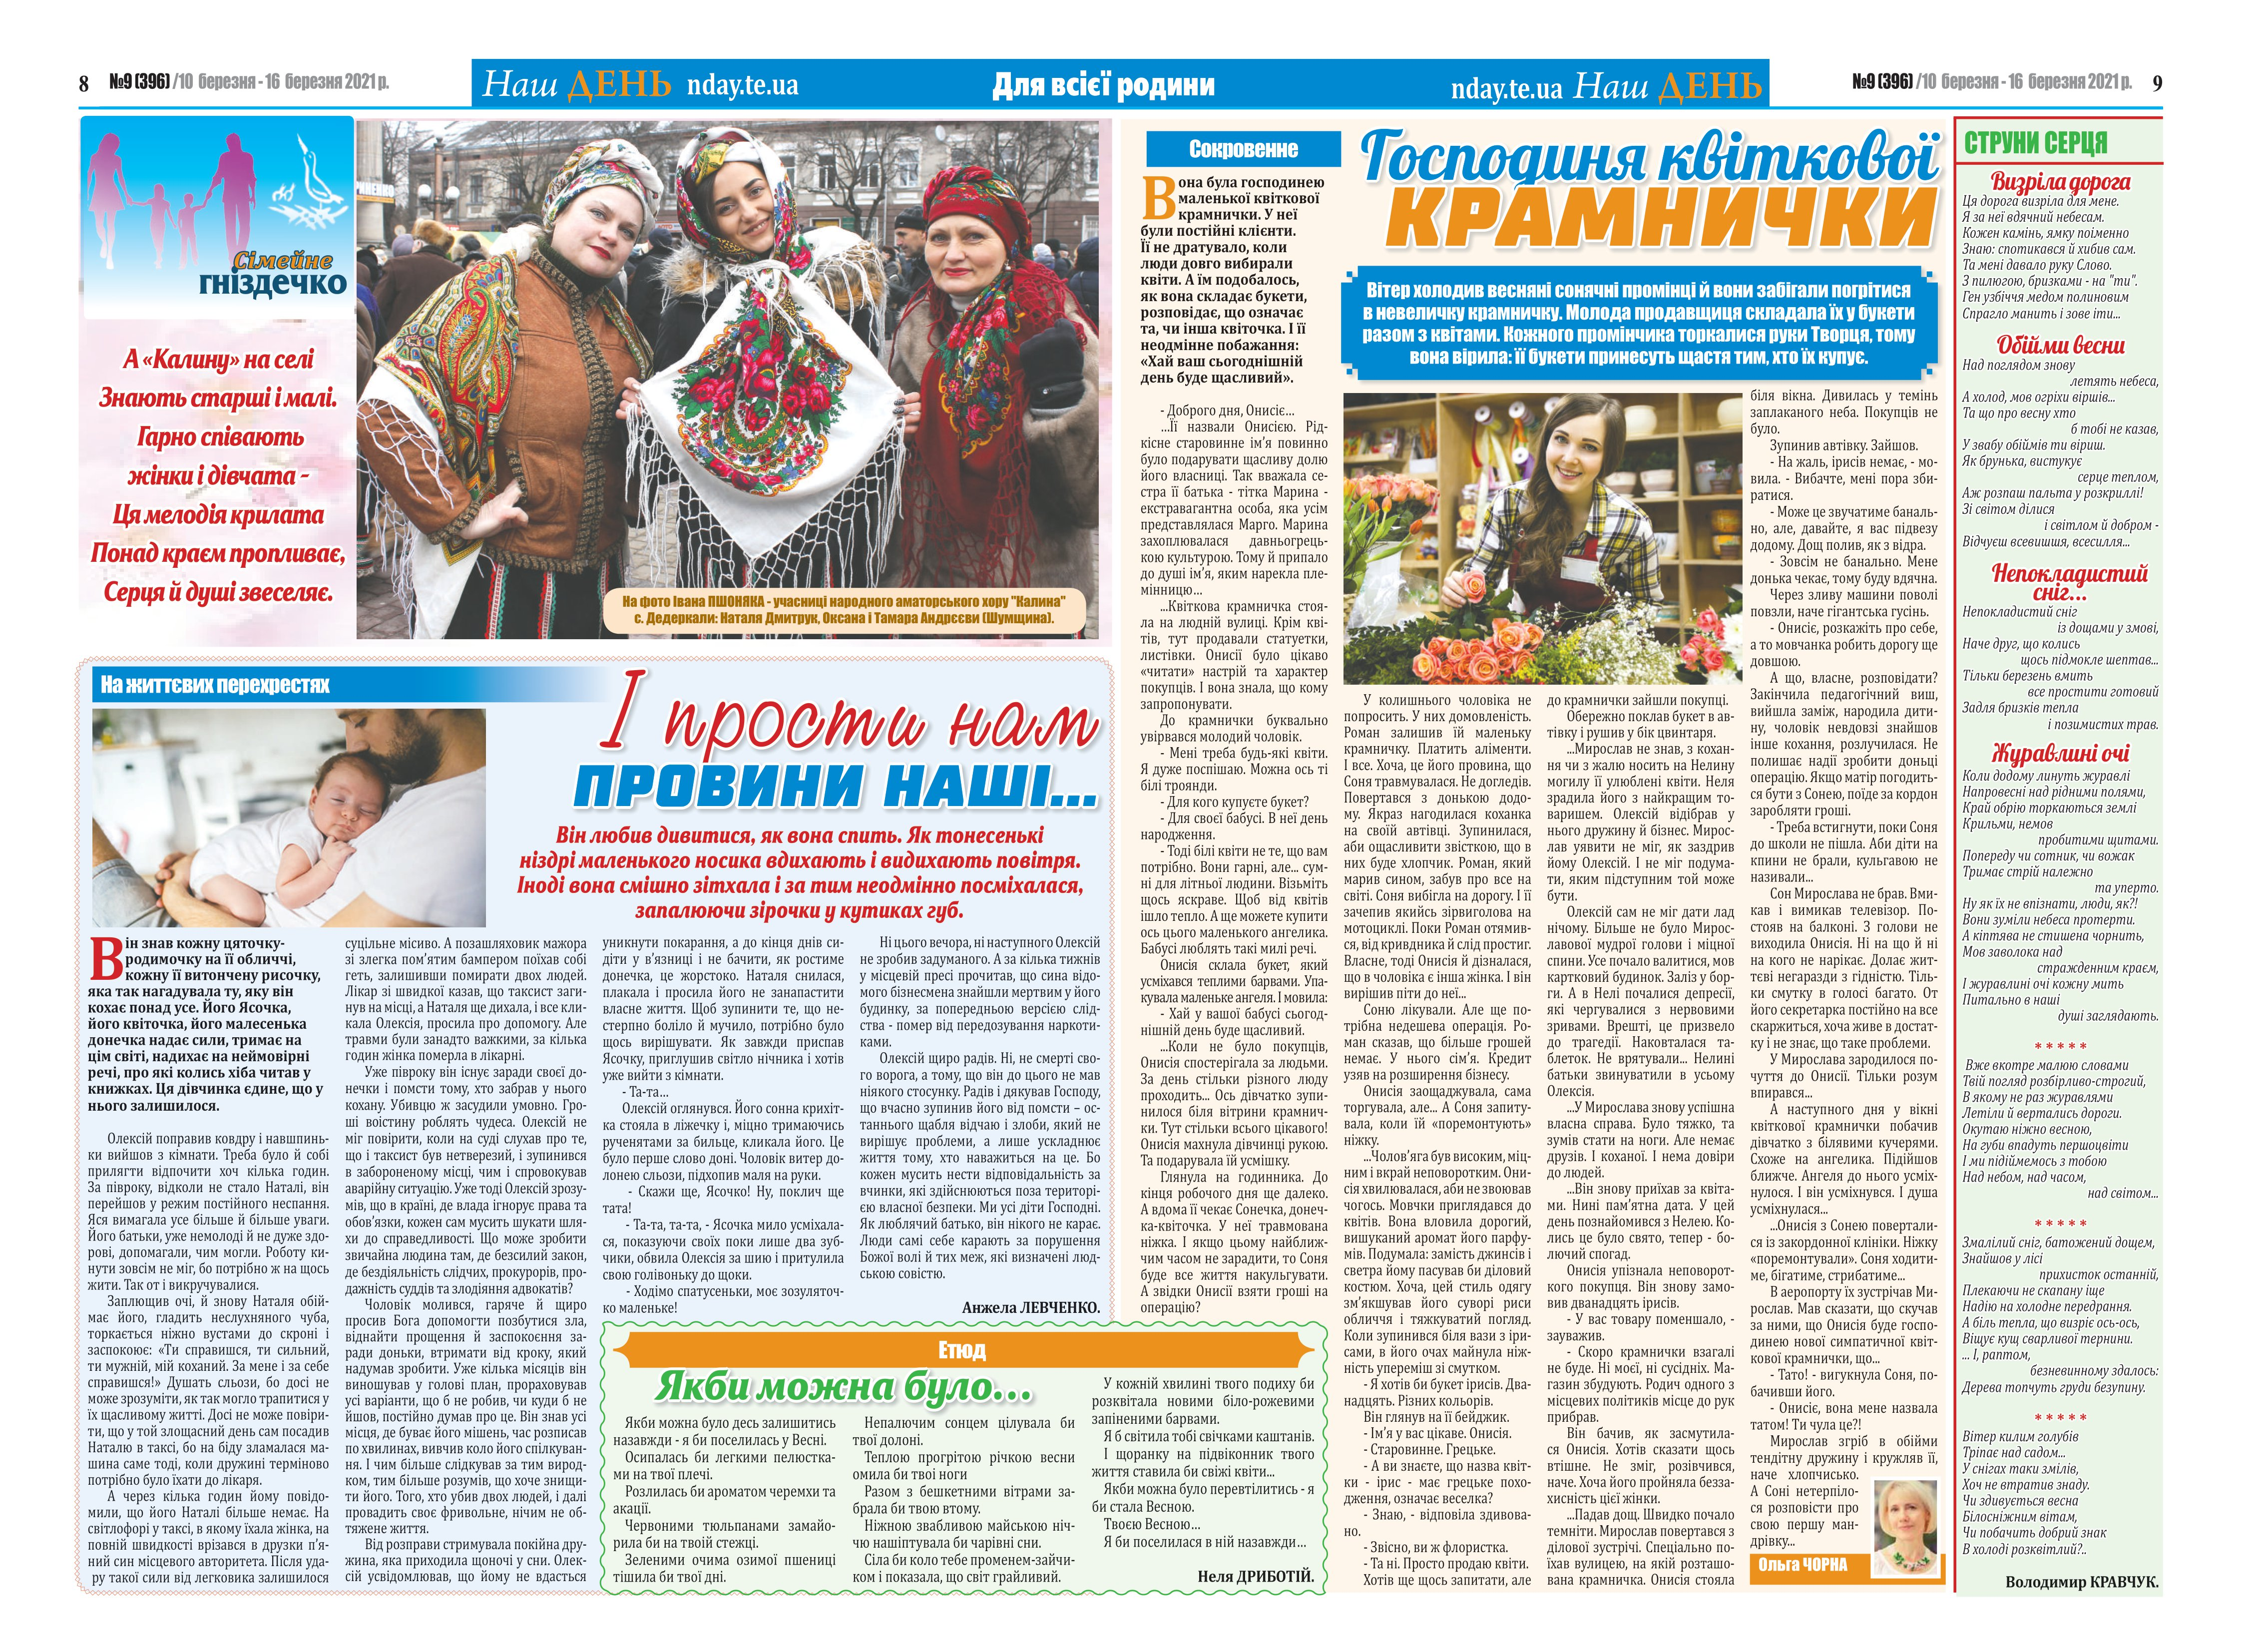
Language: uk